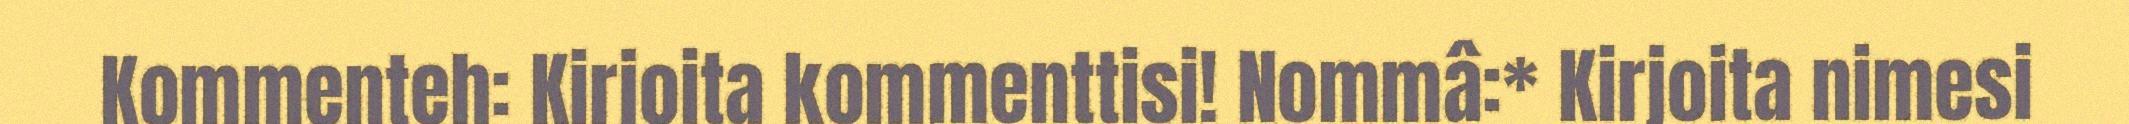
Kommenteh: Kirjoita kommenttisi! Nommâ:* Kirjoita nimesi